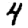
Digit: 4